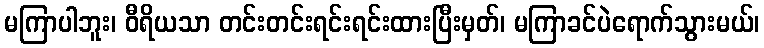
မကြာပါဘူး၊ ဝီရိယသာ တင်းတင်းရင်းရင်းထားပြီးမှတ်၊ မကြာခင်ပဲရောက်သွားမယ်၊